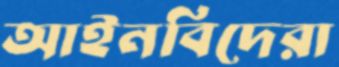
আইনবিদেরা